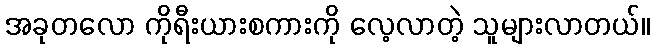
အခုတလော ကိုရီးယားစကားကို လေ့လာတဲ့ သူများလာတယ်။